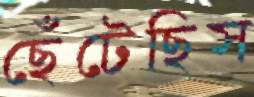
ছেঁটেছিস